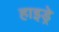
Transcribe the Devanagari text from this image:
हाइड्रे